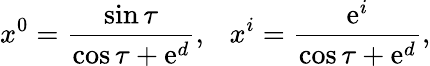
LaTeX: x^{0}=\frac{\sin\tau}{\cos\tau+\mathrm{e}^{d}},\ \ \ x^{i}=\frac{\mathrm{e}^{i}}{\cos\tau+\mathrm{e}^{d}},